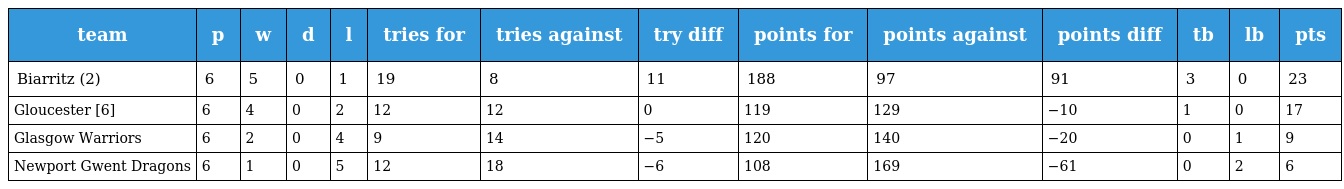
| team | p | w | d | l | tries for | tries against | try diff | points for | points against | points diff | tb | lb | pts |
 | --- | --- | --- | --- | --- | --- | --- | --- | --- | --- | --- | --- | --- | --- |
 | Biarritz (2) | 6 | 5 | 0 | 1 | 19 | 8 | 11 | 188 | 97 | 91 | 3 | 0 | 23 |
 | Gloucester [6] | 6 | 4 | 0 | 2 | 12 | 12 | 0 | 119 | 129 | −10 | 1 | 0 | 17 |
 | Glasgow Warriors | 6 | 2 | 0 | 4 | 9 | 14 | −5 | 120 | 140 | −20 | 0 | 1 | 9 |
 | Newport Gwent Dragons | 6 | 1 | 0 | 5 | 12 | 18 | −6 | 108 | 169 | −61 | 0 | 2 | 6 |